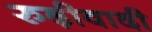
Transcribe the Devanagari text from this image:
रुढ़ीवादी